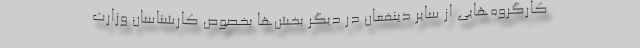
کارگروه‌هایی از سایر ذینفعان در دیگر بخش‌ها بخصوص کارشناسان وزارت